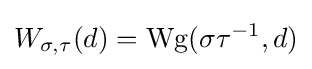
W_{\sigma ,\tau }(d)=\operatorname {Wg} (\sigma \tau ^{-1},d)